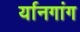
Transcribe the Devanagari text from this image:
र्यानगांग